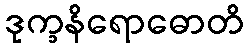
ဒုက္ခနိရောဓောတိ